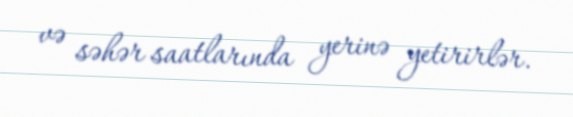
və səhər saatlarında yerinə yetirirlər.